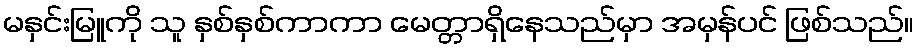
မနှင်းမြူကို သူ နှစ်နှစ်ကာကာ မေတ္တာရှိနေသည်မှာ အမှန်ပင် ဖြစ်သည်။